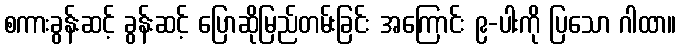
စကားခွန်းဆင့် ခွန်းဆင့် ပြောဆိုမြည်တမ်းခြင်း အကြောင်း ၉-ပါးကို ပြသော ဂါထာ။